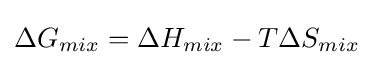
\Delta G_{mix}=\Delta H_{mix}-T\Delta S_{mix}